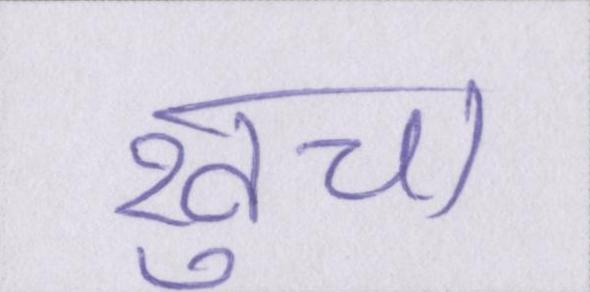
खुचा